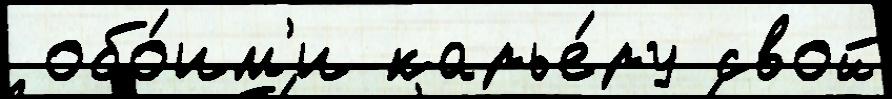
 обо́им'и карье́ру свой